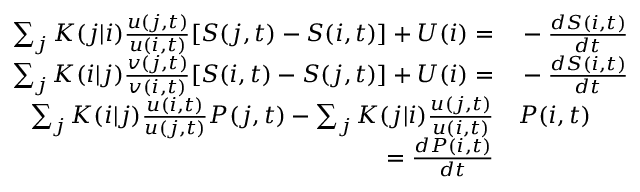
\begin{array} { r l } { \sum _ { j } K ( j | i ) \frac { u ( j , t ) } { u ( i , t ) } [ S ( j , t ) - S ( i , t ) ] + U ( i ) = } & { { } - \frac { d S ( i , t ) } { d t } } \\ { \sum _ { j } K ( i | j ) \frac { v ( j , t ) } { v ( i , t ) } [ S ( i , t ) - S ( j , t ) ] + U ( i ) = } & { { } - \frac { d S ( i , t ) } { d t } } \\ { \sum _ { j } K ( i | j ) \frac { u ( i , t ) } { u ( j , t ) } P ( j , t ) - \sum _ { j } K ( j | i ) \frac { u ( j , t ) } { u ( i , t ) } } & { { } P ( i , t ) } \\ { = \frac { d P ( i , t ) } { d t } } & { { } } \end{array}